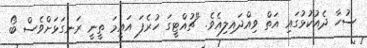
ސުހާ ދެއުކުޅުގައި އަތް ވިއްދައިލިއެވެ. "ޗުއްޓީގަ ހުރެފަ އައީމަ ތީނީ ރަނގަޅަށްވެސް ބޯ